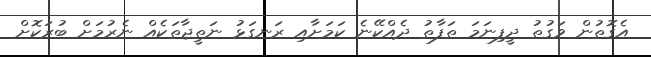
އެގޮތުން ވަގުތު ދީފިނަމަ ތަފާތު ދެއްކޭނެ ކަމަށާއި ރަނގަޅު ނަތީޖާތަކެއް ނެރުމަށް ބުރަކޮށް